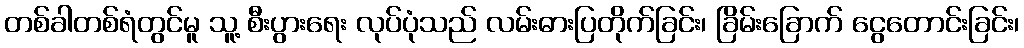
တစ်ခါတစ်ရံတွင်မူ သူ့ စီးပွားရေး လုပ်ပုံသည် လမ်းဓားပြတိုက်ခြင်း၊ ခြိမ်းခြောက် ငွေတောင်းခြင်း၊